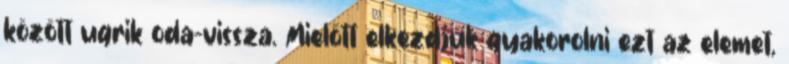
között ugrik oda-vissza. Mielőtt elkezdjük gyakorolni ezt az elemet,